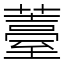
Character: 薹